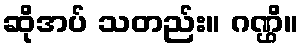
ဆိုအပ် သတည်း။ ဂဏ္ဌိ။